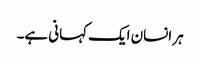
ہر انسان ایک کہانی ہے۔